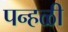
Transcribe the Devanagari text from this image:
पन्हळी